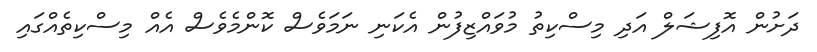
ދަށުން އޮފިޝަލް އަދި މިސްކިތު މުވައްޒިފުން އެކަނި ނަމަވެސް ކޮންމެވެސް އެއް މިސްކިތެއްގައި